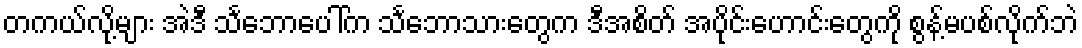
တကယ်လို့များ အဲဒီ သင်္ဘောပေါ်က သင်္ဘောသားတွေက ဒီအစိတ် အပိုင်းဟောင်းတွေကို စွန့်မပစ်လိုက်ဘဲ